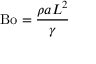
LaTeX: \mathrm { B o } = { \frac { \rho a L ^ { 2 } } { \gamma } }